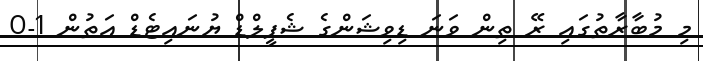
މި މުބާރާތުގައި ރޭ ތިން ވަނަ ޑިވިޝަންގެ ޝެފީލްޑް ޔުނައިޓެޑް އަތުން 1-0